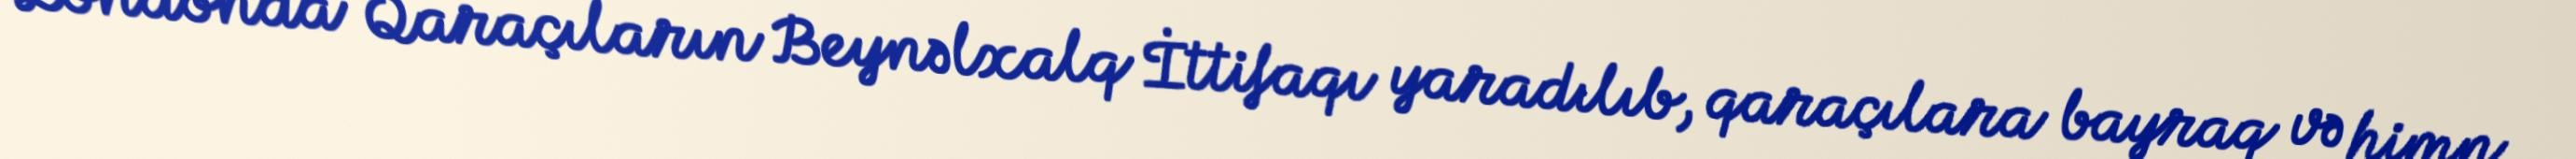
Londonda Qaraçıların Beynəlxalq İttifaqı yaradılıb, qaraçılara bayraq və himn